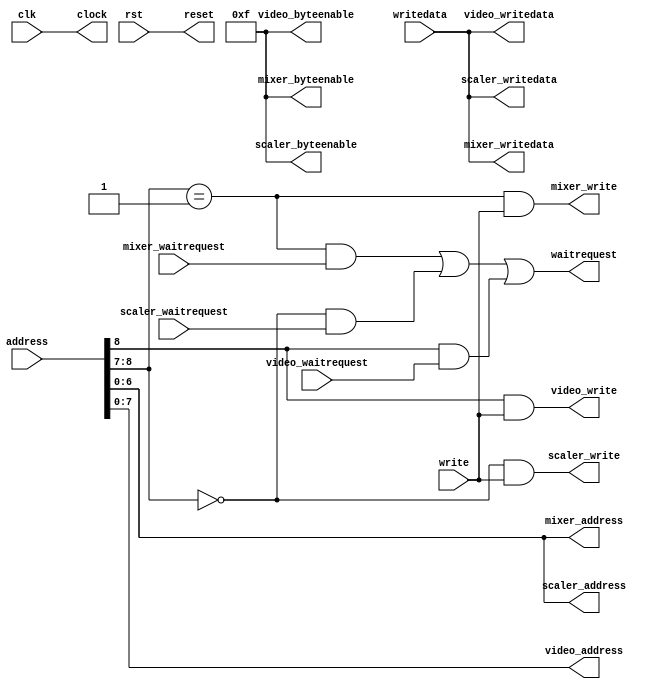
// avalon_combiner.v

`timescale 1 ps / 1 ps
module avalon_combiner
(
	input  wire        clk,                //      clock.clk
	input  wire        rst,                //      reset.reset

	output wire [6:0]  mixer_address,      //  ctl_mixer.address
	output wire [3:0]  mixer_byteenable,   //           .byteenable
	output wire        mixer_write,        //           .write
	output wire [31:0] mixer_writedata,    //           .writedata
	input  wire        mixer_waitrequest,  //           .waitrequest

	output wire [6:0]  scaler_address,     // ctl_scaler.address
	output wire [3:0]  scaler_byteenable,  //           .byteenable
	input  wire        scaler_waitrequest, //           .waitrequest
	output wire        scaler_write,       //           .write
	output wire [31:0] scaler_writedata,   //           .writedata

	output wire [7:0]  video_address,      //  ctl_video.address
	output wire [3:0]  video_byteenable,   //           .byteenable
	input  wire        video_waitrequest,  //           .waitrequest
	output wire        video_write,        //           .write
	output wire [31:0] video_writedata,    //           .writedata

	output wire        clock,              //    control.clock
	output wire        reset,              //           .reset
	input  wire [8:0]  address,            //           .address
	input  wire        write,              //           .write
	input  wire [31:0] writedata,          //           .writedata
	output wire        waitrequest         //           .waitrequest
);

assign clock = clk;
assign reset = rst;

assign mixer_address  = address[6:0];
assign scaler_address = address[6:0];
assign video_address  = address[7:0];

assign mixer_byteenable  = 4'b1111;
assign scaler_byteenable = 4'b1111;
assign video_byteenable  = 4'b1111;

wire   en_scaler = (address[8:7] == 0);
wire   en_mixer  = (address[8:7] == 1);
wire   en_video  =  address[8];

assign mixer_write  = en_mixer  & write;
assign scaler_write = en_scaler & write;
assign video_write  = en_video  & write;

assign mixer_writedata  = writedata;
assign scaler_writedata = writedata;
assign video_writedata  = writedata;

assign waitrequest = (en_mixer & mixer_waitrequest) | (en_scaler & scaler_waitrequest) | (en_video & video_waitrequest);

endmodule